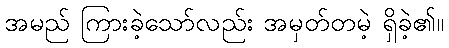
အမည် ကြားခဲ့သော်လည်း အမှတ်တမဲ့ ရှိခဲ့၏။